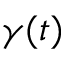
\gamma ( t )